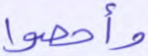
وأحصوا